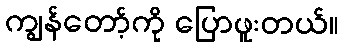
ကျွန်တော့်ကို ပြောဖူးတယ်။